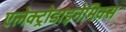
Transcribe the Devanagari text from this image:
एलेक्ट्रोडाइनेमिक्स